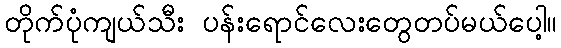
တိုက်ပုံကျယ်သီး ပန်းရောင်လေးတွေတပ်မယ်ပေါ့။